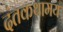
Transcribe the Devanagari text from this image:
दंतकथामय